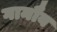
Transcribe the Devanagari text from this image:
गानौब